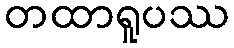
တထာရူပဿ